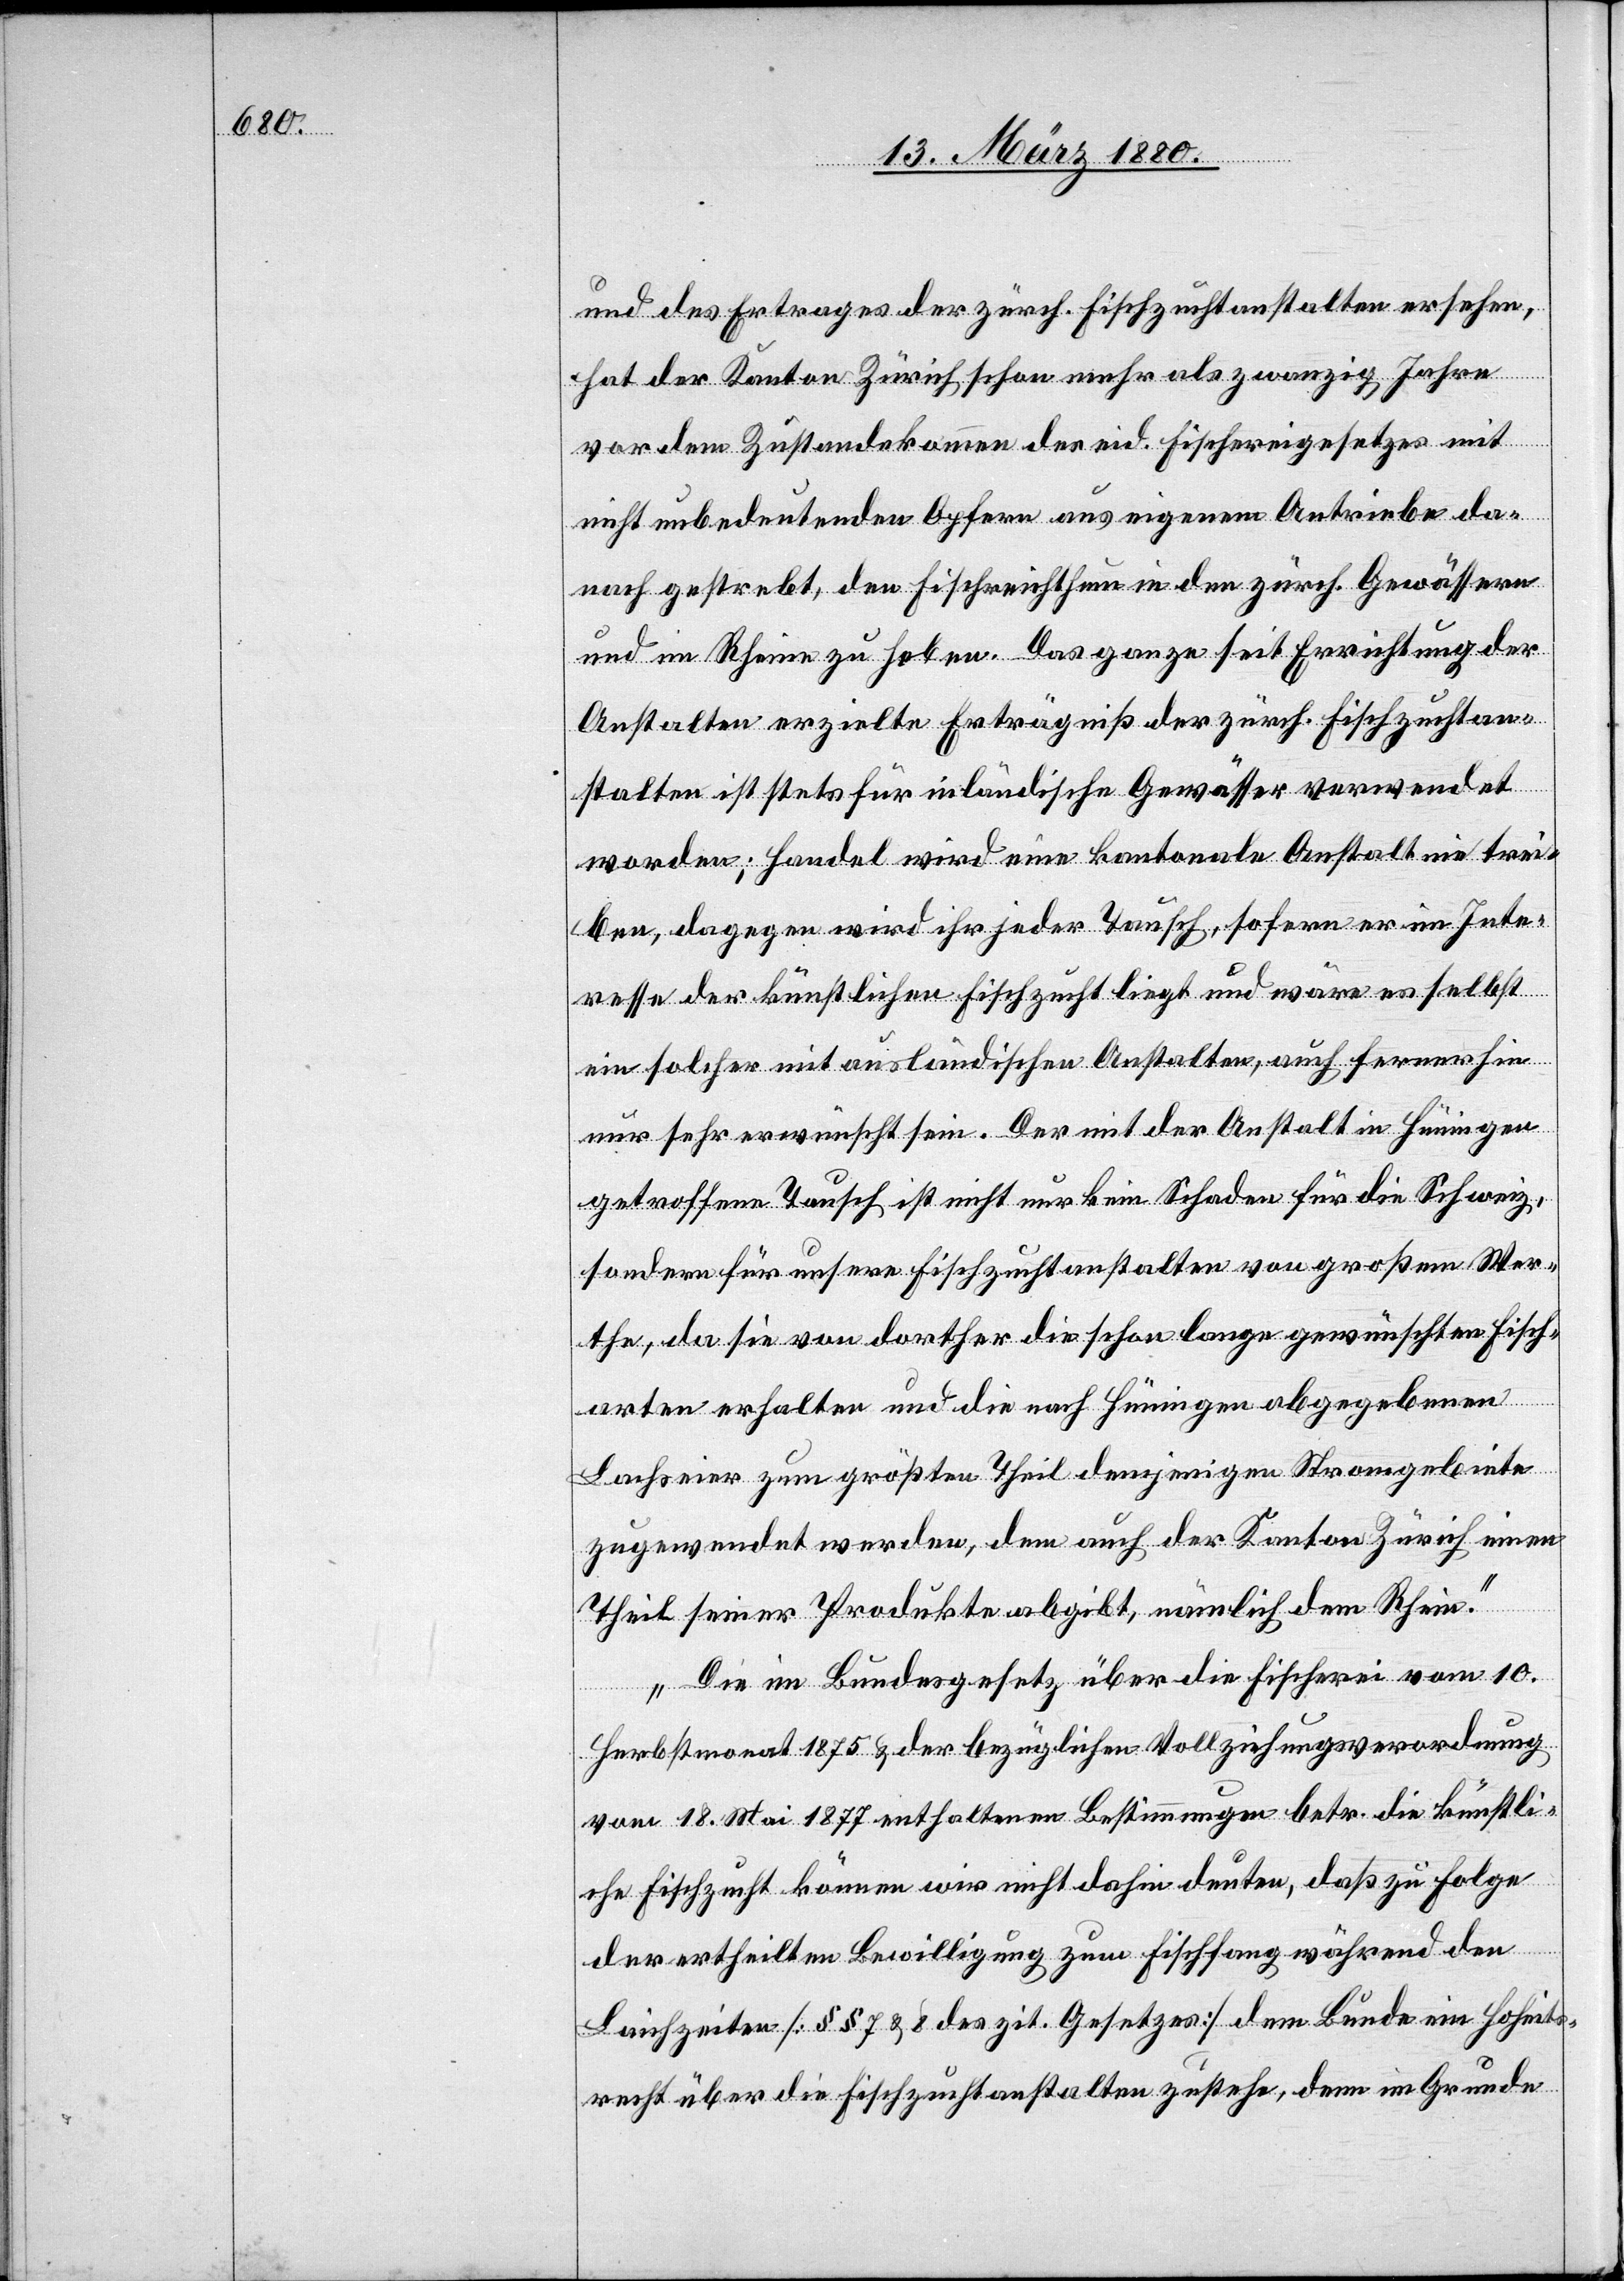
und des Ertrages der zürch. Fischzuchtanstalten ersehen,
hat der Kanton Zürich schon mehr als zwanzig Jahre
vor dem Zustandekommen der eid. Fischereigesetzes mit
nicht unbedeutenden Opfern aus eigenem Antriebe da¬
nach gestrebt, den Fischreichthum in den zürch. Gewässern
und im Rhein zu heben. Das ganze seit Errichtung der
Anstalten erzielte Erträgniß der zürch. Fischzuchtan¬
stalten ist stets für inländische Gewässer verwendet
worden; Handel wird eine kantonale Anstalt nie trei¬
ben, dagegen wird ihr jeder Tausch, sofern er im Inte¬
resse der künstlichen Fischzucht liegt und wäre es selbst
ein solcher mit ausländischen Anstalten, auch fernerhin
nur sehr erwünscht sein. Der mit der Anstalt in Hüningen
getroffene Tausch ist nicht nur kein Schaden für die Schweiz,
sondern für unsere Fischzuchtanstalten von großem Wer¬
the, da sie von dorther die schon lange gewünschten Fisch¬
arten erhalten und die nach Hüningen abgegebenen
Lachseier zum größten Theil demjenigen Stromgebiete
zugewendet werden, den auch der Kanton Zürich immer
Theil seiner Produkte abgibt, nämlich dem Rhein.
Die im Bundesgesetz über die Fischerei vom 10.
Herbstmonat 1875 & der bezüglichen Vollziehungsverordnung
vom 18. Mai 1877 enthaltenen Bestimmungen betr. die künstli¬
che Fischzucht können wir nicht dahin deuten, daß zu Folge
der ertheilten Bewilligung zum Fischfang während den
Laichzeiten [§§ 7 & 8 des zit. Gesetzes] dem Bunde ein Hoheits¬
recht über die Fischzuchtanstalten zustehe, denn im Grunde